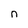
Character: n